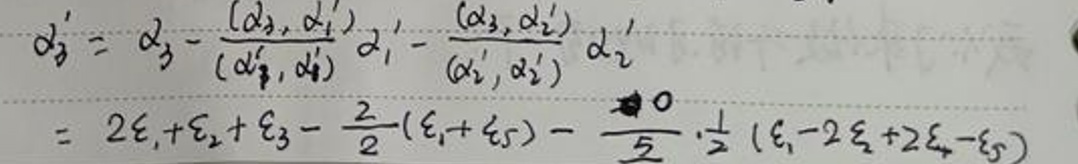
\[
\begin{align*}
\alpha_3'&=\alpha_3 - \frac{(\alpha_3,\alpha_1')}{(\alpha_1',\alpha_1')}\alpha_1' - \frac{(\alpha_3,\alpha_2')}{(\alpha_2',\alpha_2')}\alpha_2'\\
&=2\epsilon_1+\epsilon_2+\epsilon_3 - \frac{2}{2}(\epsilon_1+\epsilon_5)-\frac{0}{2}\cdot\frac{1}{2}(\epsilon_1 - 2\epsilon_2+2\epsilon_4-\epsilon_5)
\end{align*}
\]